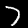
Digit: 7